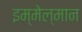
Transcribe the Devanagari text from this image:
इम्मेल्मान